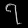
Digit: ၇